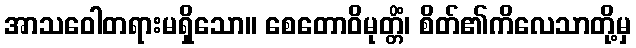
အာသဝေါတရားမရှိသော။ စေတောဝိမုတ္တိံ၊ စိတ်၏ကိလေသာတို့မှ